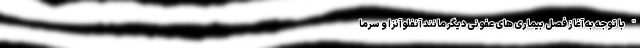
"با توجه به آغاز فصل بیماری های عفونی دیگر مانند آنفلوآنزا و سرما